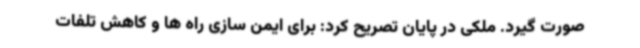
صورت گیرد. ملکی در پایان تصریح کرد: برای ایمن سازی راه ها و کاهش تلفات